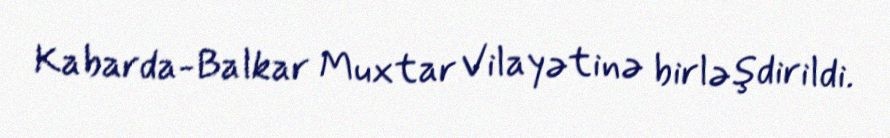
Kabarda-Balkar Muxtar Vilayətinə birləşdirildi.